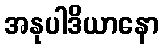
အနုပါဒိယာနော